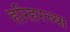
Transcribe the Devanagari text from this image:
हरिहरच्या